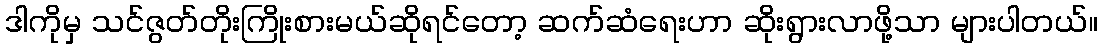
ဒါကိုမှ သင်ဇွတ်တိုးကြိုးစားမယ်ဆိုရင်တော့ ဆက်ဆံရေးဟာ ဆိုးရွားလာဖို့သာ များပါတယ်။